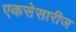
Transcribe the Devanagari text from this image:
एकसेसारीज